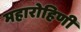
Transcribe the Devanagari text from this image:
महारोहिणी